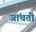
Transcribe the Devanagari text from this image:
जांचती